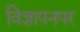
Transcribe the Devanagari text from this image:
विज्ञापनपर